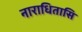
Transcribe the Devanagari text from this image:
नाराधितासि